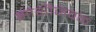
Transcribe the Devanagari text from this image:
झाशीजवळ